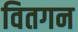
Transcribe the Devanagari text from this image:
वितगन